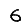
Digit: 6